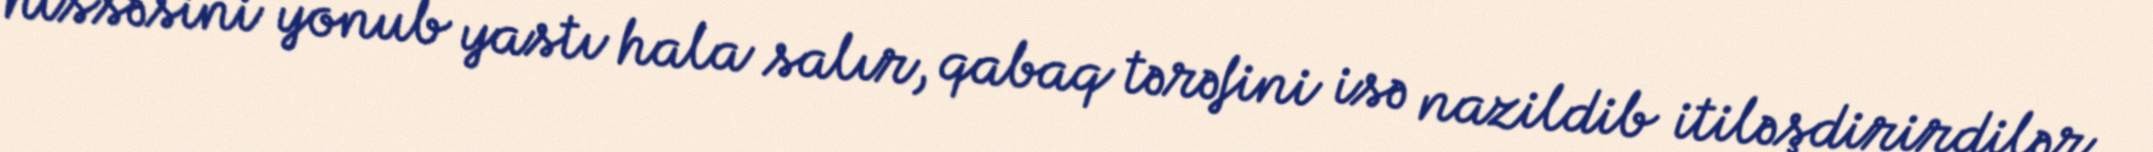
hissəsini yonub yastı hala salır, qabaq tərəfini isə nazildib itiləşdirirdilər.